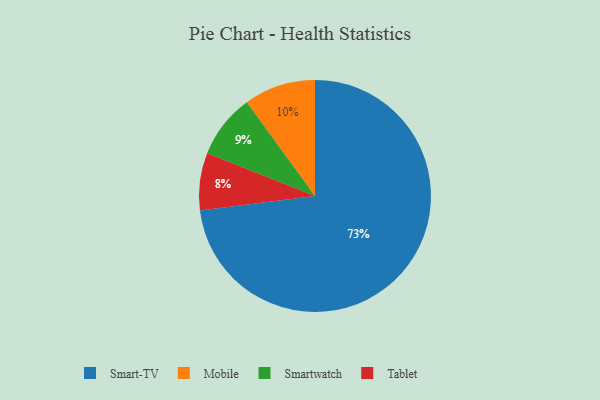
{"axis": {"x": "Category", "y": "Percentage"}, "legend": ["Mobile", "Smart-TV", "Smartwatch", "Tablet"], "data": [{"x": "Smart-TV", "y": 73, "type": "Smart-TV"}, {"x": "Smartwatch", "y": 9, "type": "Smartwatch"}, {"x": "Tablet", "y": 8, "type": "Tablet"}, {"x": "Mobile", "y": 10, "type": "Mobile"}]}